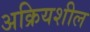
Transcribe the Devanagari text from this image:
अक्रियशील